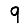
Digit: 9